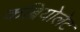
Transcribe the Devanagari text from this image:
कब्रियोलेट